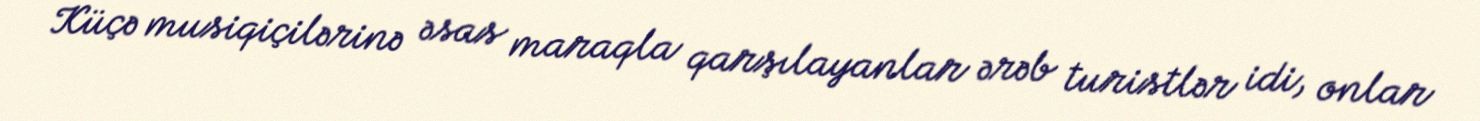
Küçə musiqiçilərinə əsas maraqla qarşılayanlar ərəb turistlər idi, onlar